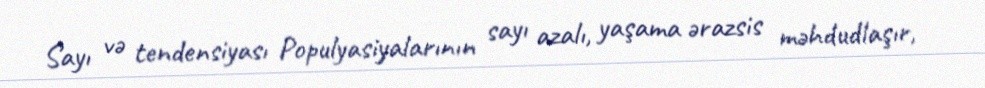
Sayı və tendensiyası Populyasiyalarının sayı azalı, yaşama ərazsis məhdudlaşır,